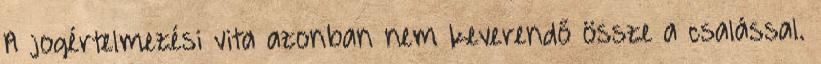
A jogértelmezési vita azonban nem keverendő össze a csalással.